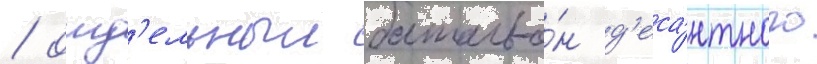
/ отд'ельныи батальо́н д'еса́нтного